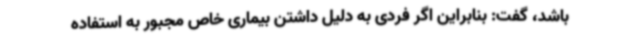
باشد، گفت: بنابراین اگر فردی به دلیل داشتن بیماری خاص مجبور به استفاده